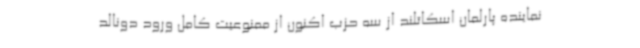
نماینده پارلمان اسکاتلند از سه حزب اکنون از ممنوعیت کامل ورود دونالد